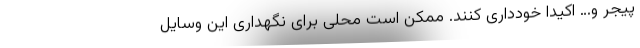
پیجر و… اکیداً خودداری کنند. ممکن است محلی برای نگهداری این وسایل